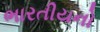
ભારતીયનો